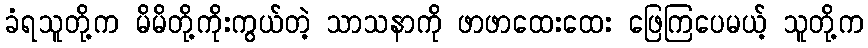
ခံရသူတို့က မိမိတို့ကိုးကွယ်တဲ့ သာသနာကို ဖာဖာထေးထေး ဖြေကြပေမယ့် သူတို့က